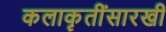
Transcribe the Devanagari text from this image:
कलाकॄतींसारखी